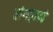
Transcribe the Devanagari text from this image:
लंगड़ाने